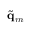
\widetilde { \mathbf { q } } _ { m }